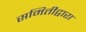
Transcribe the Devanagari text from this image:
समितीद्वारा